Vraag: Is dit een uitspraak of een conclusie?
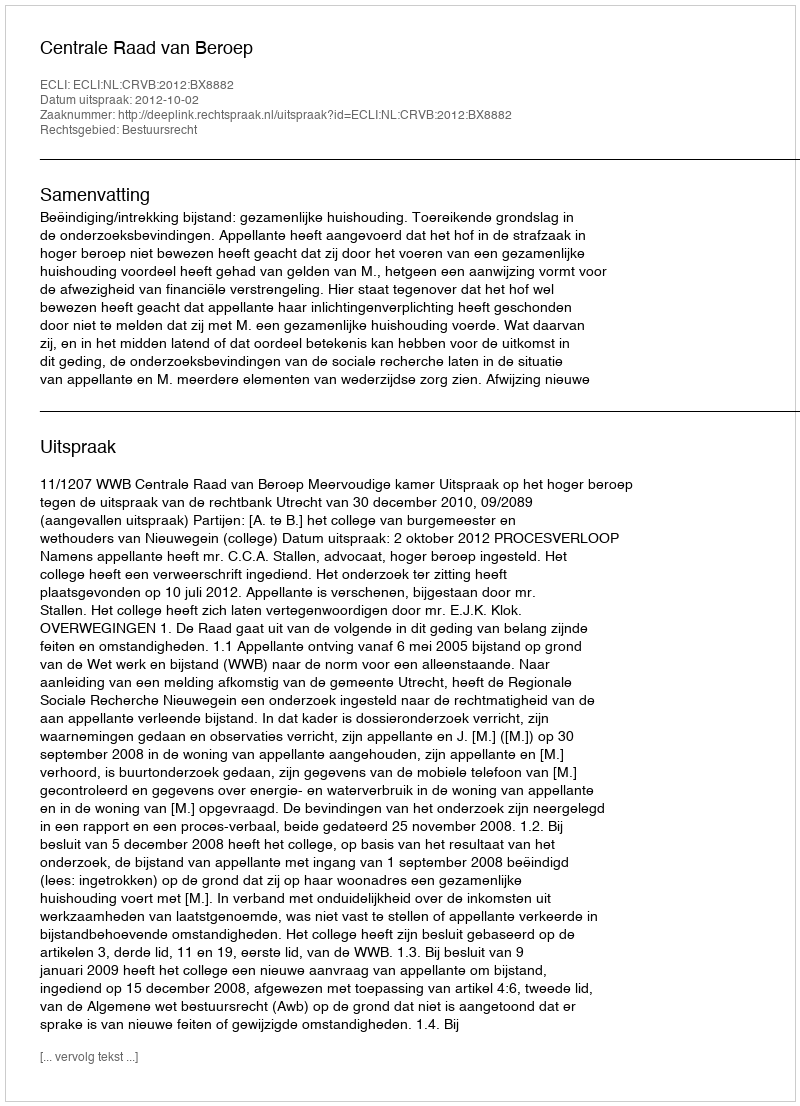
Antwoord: Uitspraak